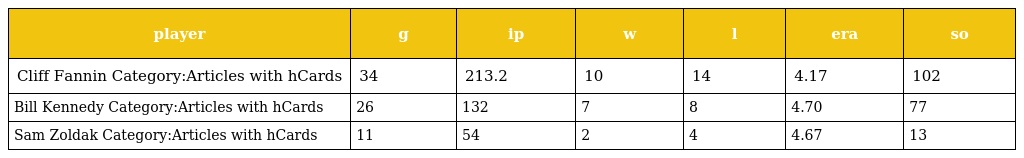
| player | g | ip | w | l | era | so |
 | --- | --- | --- | --- | --- | --- | --- |
 | Cliff Fannin Category:Articles with hCards | 34 | 213.2 | 10 | 14 | 4.17 | 102 |
 | Bill Kennedy Category:Articles with hCards | 26 | 132 | 7 | 8 | 4.70 | 77 |
 | Sam Zoldak Category:Articles with hCards | 11 | 54 | 2 | 4 | 4.67 | 13 |